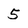
Character: 5